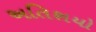
અતિશયો